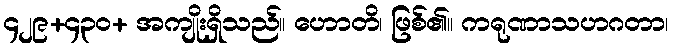
၄၂၉+၄၃၀+ အကျိုးရှိသည်။ ဟောတိ၊ ဖြစ်၏။ ကရုဏာသဟဂတာ၊